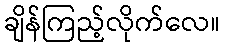
ချိန်ကြည့်လိုက်လေ။